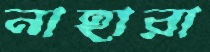
নাহারা